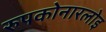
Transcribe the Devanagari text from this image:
रुपकोनारलोइ